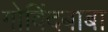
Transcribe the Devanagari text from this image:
गोविंदबाबा